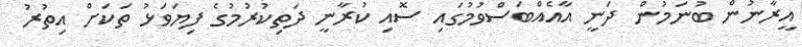
އީރާނުން ބުނަމުން ދަނީ އާއެއްބަސްވުމުގައި ސޮއި ކުރާނީ ދަތިކުރުމުގެ ފިޔަވަޅު ތަކަށް އިތުރު